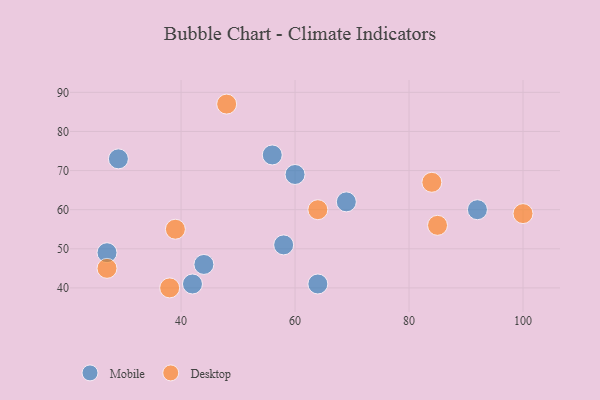
{"axis": {"x": "GDP", "y": "Life Expectancy"}, "legend": ["Desktop", "Mobile"], "data": [{"x": "27", "y": 49, "type": "Mobile"}, {"x": "58", "y": 51, "type": "Mobile"}, {"x": "69", "y": 62, "type": "Mobile"}, {"x": "56", "y": 74, "type": "Mobile"}, {"x": "64", "y": 41, "type": "Mobile"}, {"x": "44", "y": 46, "type": "Mobile"}, {"x": "42", "y": 41, "type": "Mobile"}, {"x": "92", "y": 60, "type": "Mobile"}, {"x": "60", "y": 69, "type": "Mobile"}, {"x": "29", "y": 73, "type": "Mobile"}, {"x": "27", "y": 45, "type": "Desktop"}, {"x": "84", "y": 67, "type": "Desktop"}, {"x": "64", "y": 60, "type": "Desktop"}, {"x": "38", "y": 40, "type": "Desktop"}, {"x": "39", "y": 55, "type": "Desktop"}, {"x": "85", "y": 56, "type": "Desktop"}, {"x": "48", "y": 87, "type": "Desktop"}, {"x": "100", "y": 59, "type": "Desktop"}]}